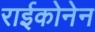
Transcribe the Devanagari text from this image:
राईकोनेन